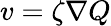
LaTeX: v=\zeta\nabla Q